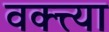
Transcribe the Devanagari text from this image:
वक्त्त्या